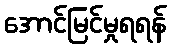
အောင်မြင်မှုရရန်